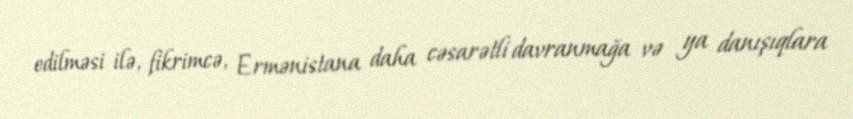
edilməsi ilə, fikrimcə, Ermənistana daha cəsarətli davranmağa və ya danışıqlara